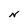
Character: N